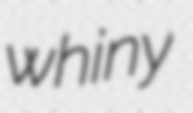
whiny